Burma Government Medical School reports 1923-41
Year: 1923
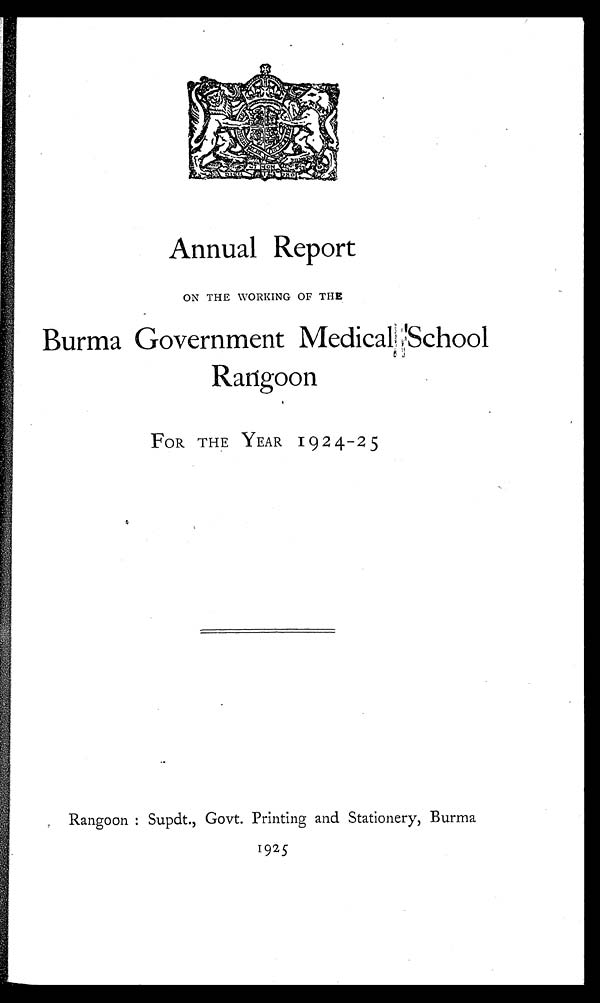
Annual Report
ON THE WORKING OF THE
Burma Government Medical School
Rangoon
FOR THE YEAR 1924-25
Rangoon: Supdt., Govt. Printing and Stationery, Burma
1925